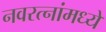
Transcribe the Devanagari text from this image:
नवरत्‍नांमध्ये